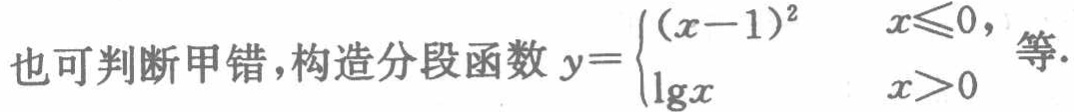
也可判断甲错,构造分段函数\(y = \begin{cases}(x - 1)^2 & x\leqslant0, \\ \lg x & x > 0\end{cases}\)等.